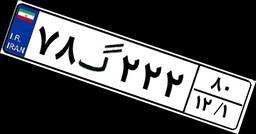
۷۸گ۲۲۲۸۰